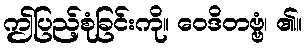
ဤပြည့်စုံခြင်းကို။ ဝေဒိတဗ္ဗံ၊ ၏။